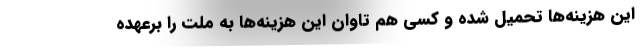
این هزینه‌ها تحمیل شده و کسی هم تاوان این هزینه‌ها به ملت را برعهده